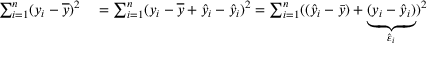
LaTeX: \begin{array} { r l } { \sum _ { i = 1 } ^ { n } ( y _ { i } - { \overline { { y } } } ) ^ { 2 } } & { { } = \sum _ { i = 1 } ^ { n } ( y _ { i } - { \overline { { y } } } + { \hat { y } } _ { i } - { \hat { y } } _ { i } ) ^ { 2 } = \sum _ { i = 1 } ^ { n } ( ( { \hat { y } } _ { i } - { \bar { y } } ) + \underbrace { ( y _ { i } - { \hat { y } } _ { i } ) } _ { { \hat { \varepsilon } } _ { i } } ) ^ { 2 } } \end{array}